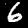
Digit: 6